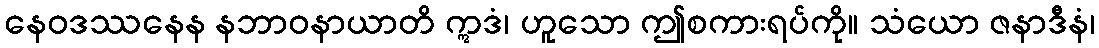
နေဝဒဿနေန နဘာဝနာယာတိ ဣဒံ၊ ဟူသော ဤစကားရပ်ကို။ သံယော ဇနာဒီနံ၊